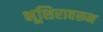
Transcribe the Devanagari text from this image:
भूशिरावरून